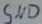
Text: GND